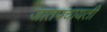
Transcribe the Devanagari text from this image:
जातपंचायती